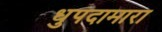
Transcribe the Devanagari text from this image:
धुपदामारा